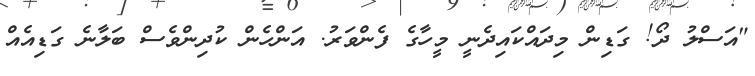
"އަސްލު ދޯ! ގަޑިން މިދައްކައިދެނީ މީހާގެ ފެންވަރު. އަންހެން ކުދިންވެސް ބަލާނެ ގަޑިއެއް